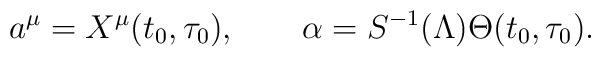
a^\mu=X^\mu(t_0,\tau_0),\quad\quad\alpha=S^{-1}(\Lambda)\Theta(t_0,\tau_0).